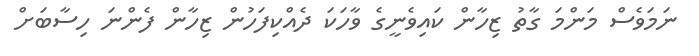
ނަމަވެސް މަންމަ ގާތު ޒިހާން ކައިވެނީގެ ވާހަކަ ދެއްކިފަހުން ޒިހާން ފެންނަ ހިސާބަށް